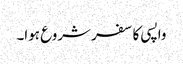
واپسی کا سفر شروع ہوا۔